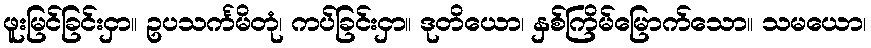
ဖူးမြင်ခြင်းငှာ။ ဥပသင်္ကမိတုံ၊ ကပ်ခြင်းငှာ။ ဒုတိယော၊ နှစ်ကြိမ်မြောက်သော။ သမယော၊